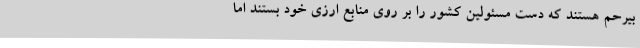
بیرحم هستند که دست مسئولین کشور را بر روی منابع ارزی خود بستند اما